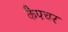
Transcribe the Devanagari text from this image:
कैपचर